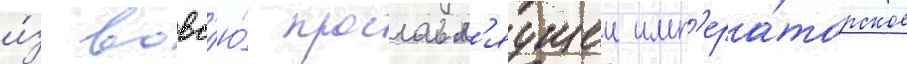
и́з вовс'ю́ прославл'яущеи имп'ера́торское